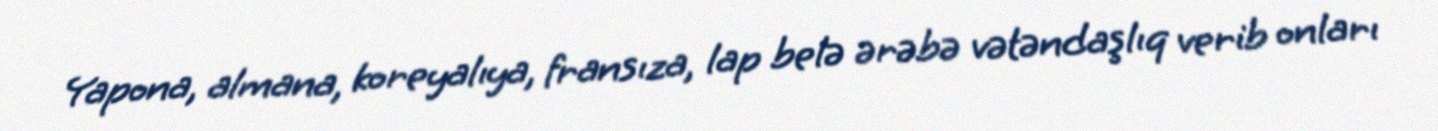
Yapona, almana, koreyalıya, fransıza, lap belə ərəbə vətəndaşlıq verib onları